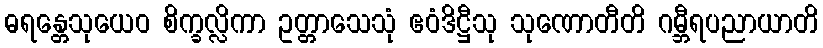
ဓရန္တေသုယေဝ စိက္ခလ္လိကာ ဥတ္တာသေသုံ ဧဝံဒိဋ္ဌီသု သုဏောတီတိ ဂမ္ဘီရပညာယာတိ